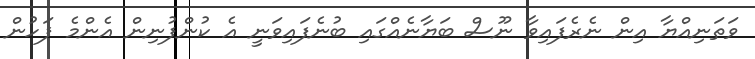
ވަތަނިއްޔާ އިން ނެރެފައިވާ ނޫސް ބަޔާނެއްގައި ބުނެފައިވަނީ އެ ކުންފުނިން އެންމެ ފަހުން